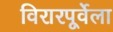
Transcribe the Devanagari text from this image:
विरारपूर्वेला